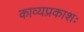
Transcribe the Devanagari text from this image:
काव्यप्रकाशः